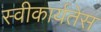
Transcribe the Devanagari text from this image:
स्वीकार्यतेस